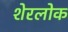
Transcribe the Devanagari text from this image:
शेरलोक